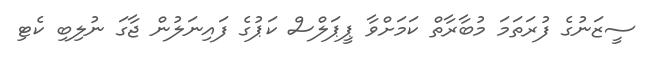
ސީޒަނުގެ ފުރަތަމަ މުބާރާތް ކަމަށްވާ ޕީޕަލްސް ކަޕުގެ ފައިނަލުން ޖާގަ ނުލިބި ކެޓި